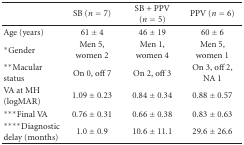
|  | SB (n = 7) | SB + PPV (n = 5) | PPV (n = 6) |
 | --- | --- | --- | --- |
 | Age (years) | 61 ± 4 | 46 ± 19 | 60 ± 6 |
 | *Gender | Men 5, women 2 | Men 1, women 4 | Men 5, women 1 |
 | **Macular status | On 0, off 7 | On 2, off 3 | On 3, off 2, NA 1 |
 | VA at MH (logMAR) | 1.09 ± 0.23 | 0.84 ± 0.34 | 0.88 ± 0.57 |
 | ***Final VA | 0.76 ± 0.31 | 0.66 ± 0.38 | 0.83 ± 0.63 |
 | ****Diagnostic delay (months) | 1.0 ± 0.9 | 10.6 ± 11.1 | 29.6 ± 26.6 |